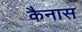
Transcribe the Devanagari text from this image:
कैनास